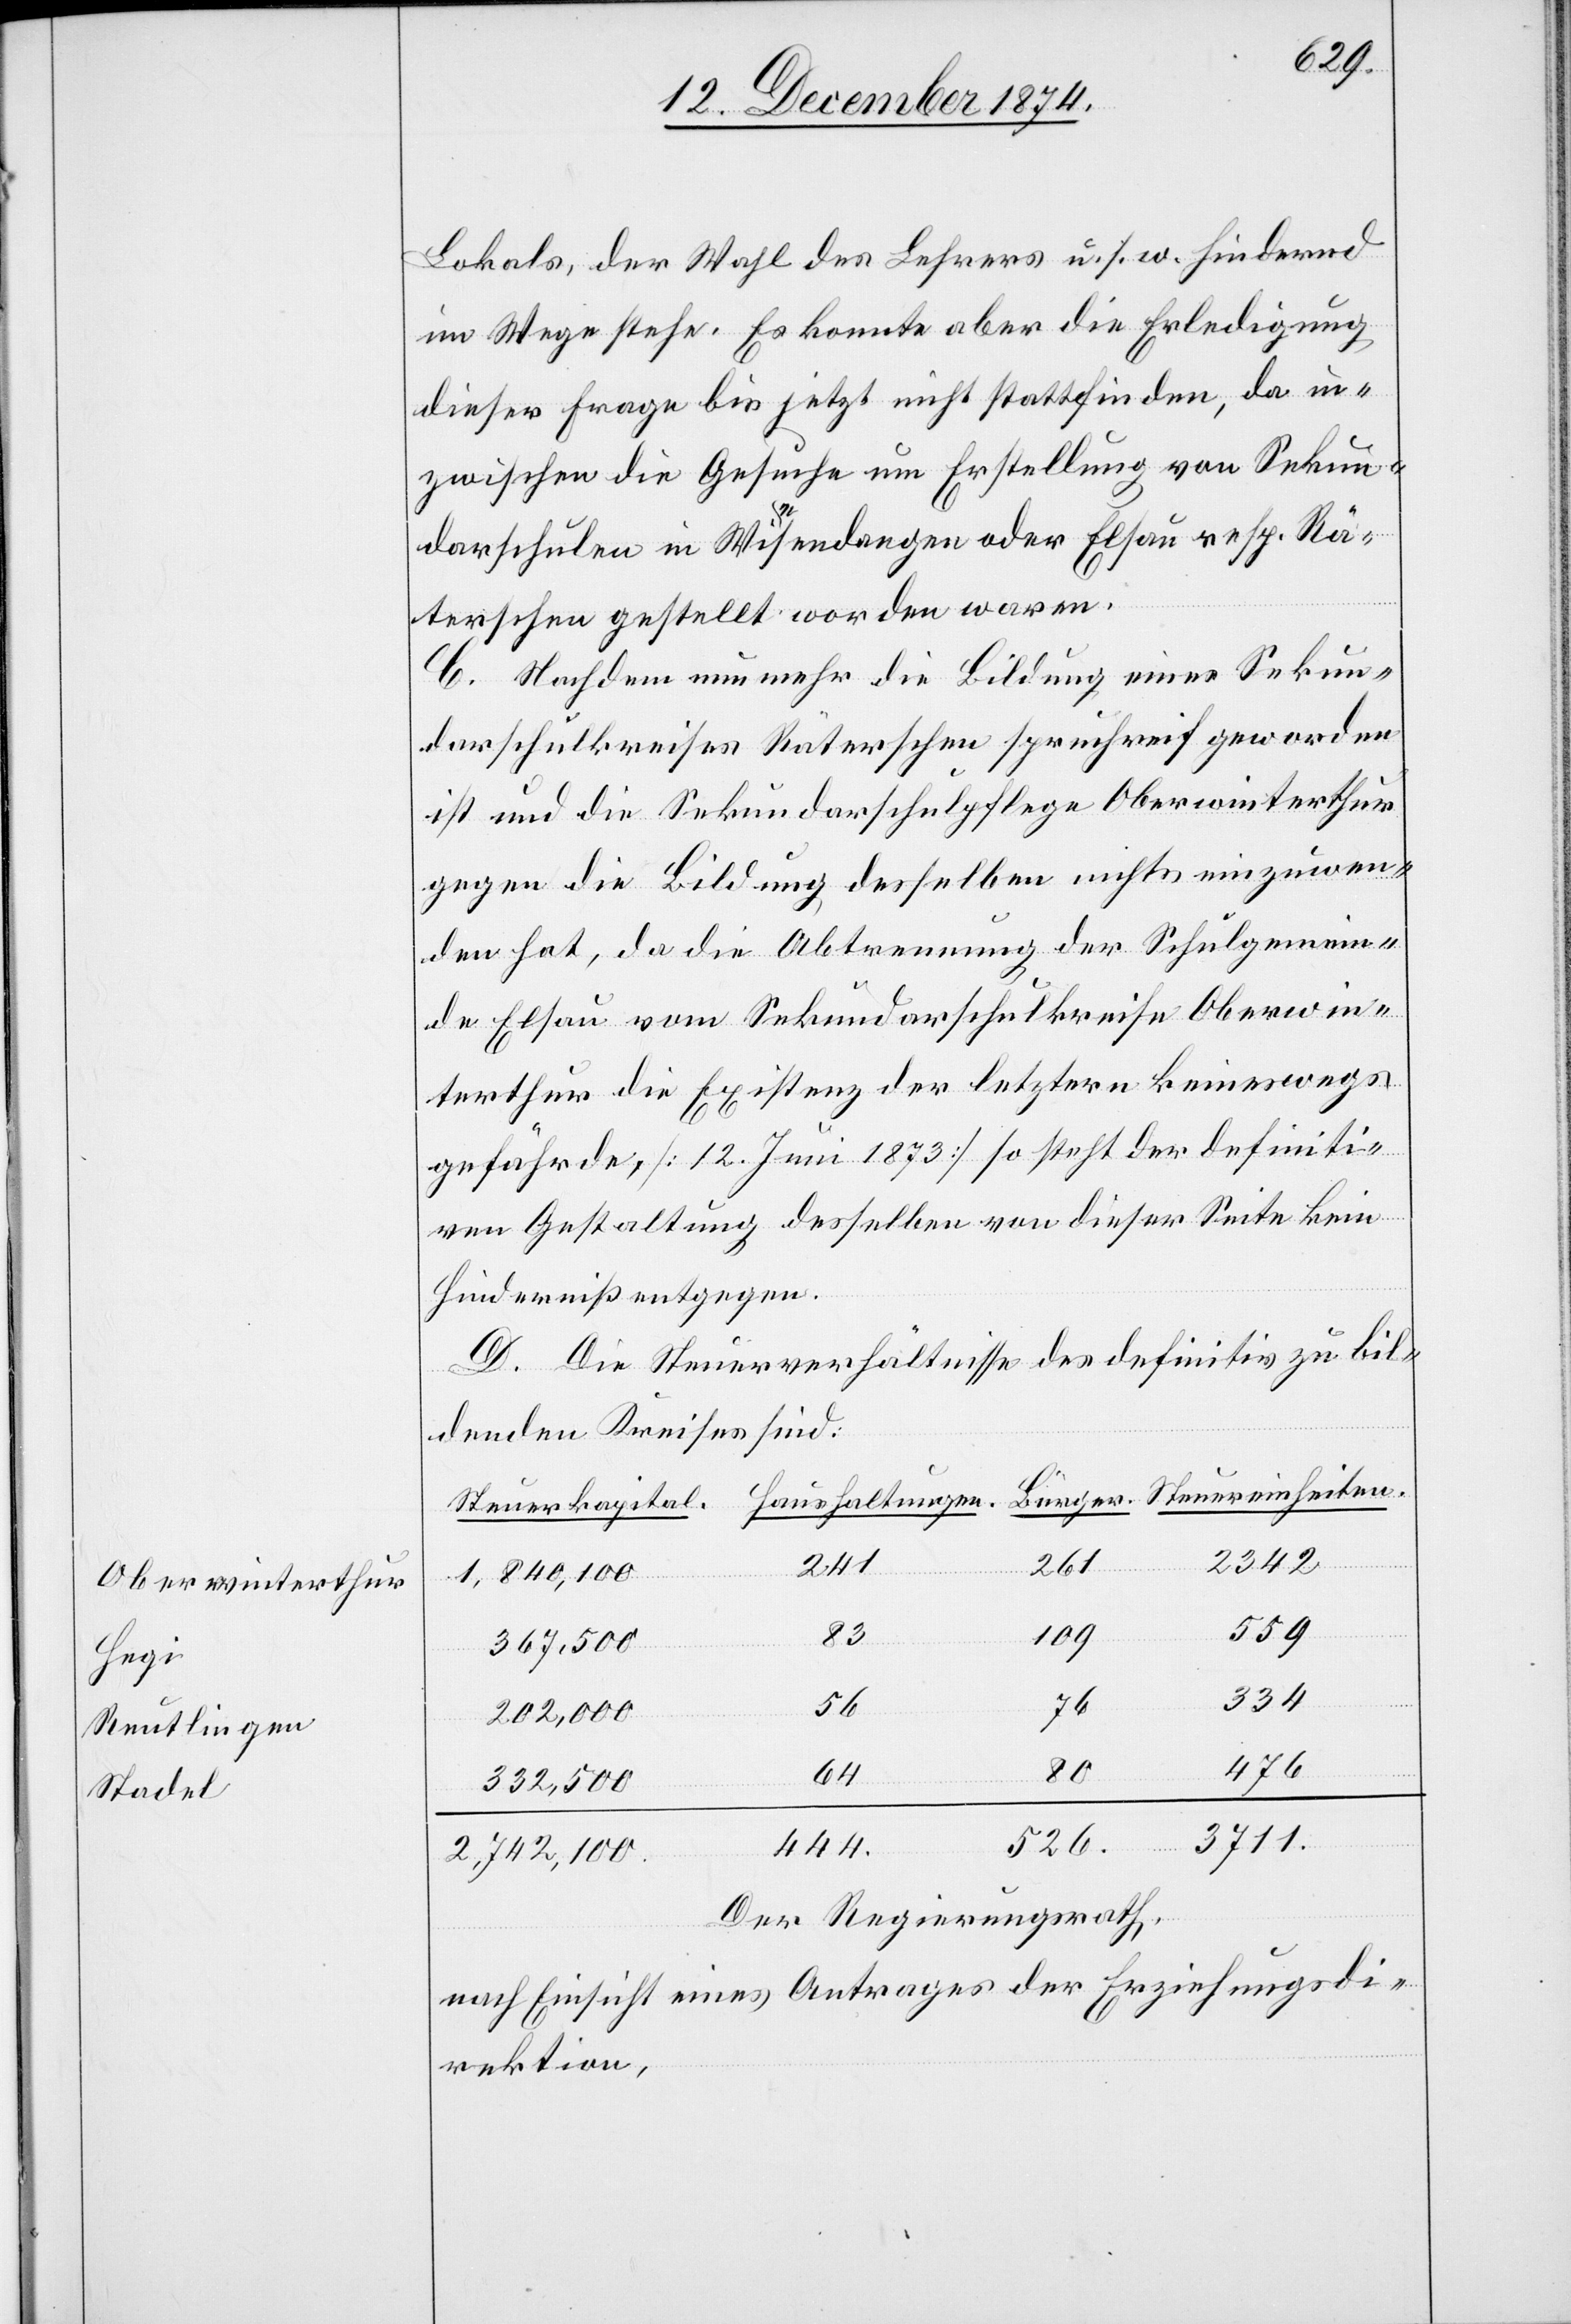
Oberwinterthur
Hegi
Reutlingen
Stadel

Lokals, der Wahl des Lehrers u. s. w. hindernd
im Wege stehe. Es konnte aber die Erledigung
dieser Frage bis jetzt nicht stattfinden, da in¬
zwischen die Gesuche um Erstellung von Sekun¬
darschulen in Wiesendangen oder Elsau resp. Rä¬
terschen gestellt worden waren.
C. Nachdem nunmehr die Bildung eines Sekun¬
darschulkreises Rätschen spruchreif geworden
ist und die Sekundarschulpflege Oberwinterthur
gegen die Bildung desselben nichts einzuwen¬
den hat, da die Abtrennung der Schulgemein¬
den Elsau vom Sekundarschulkreise Oberwin¬
terthur die Existenz der letztern keineswegs
gefährde, [12. Juni 1873] so steht der definiti¬
ven Gestaltung desselben von dieser Seite kein
Hinderniß entgegen.
D. Die Steuerverhältnisse des definitiv zu bil¬
denden Kreises sind:
2342
261
2,742,100
559
109
83
367,500
334
76
56
er.
202,000
476
80
64
332,500
3711
eiten.
526
444
Der Regierungsrath,
nach Einsicht eines Antrages der Erziehungsdi¬
rektion,